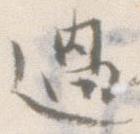
過